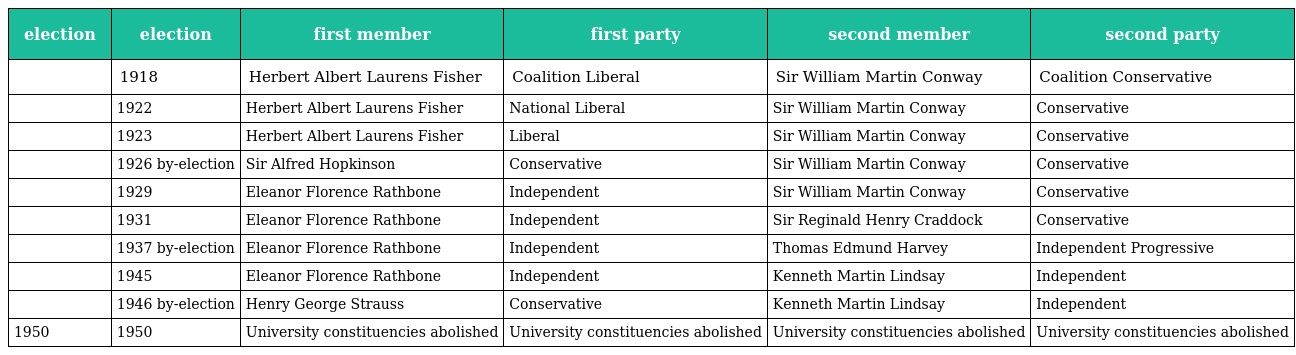
| election | election | first member | first party | second member | second party |
 | --- | --- | --- | --- | --- | --- |
 |  | 1918 | Herbert Albert Laurens Fisher | Coalition Liberal | Sir William Martin Conway | Coalition Conservative |
 |  | 1922 | Herbert Albert Laurens Fisher | National Liberal | Sir William Martin Conway | Conservative |
 |  | 1923 | Herbert Albert Laurens Fisher | Liberal | Sir William Martin Conway | Conservative |
 |  | 1926 by-election | Sir Alfred Hopkinson | Conservative | Sir William Martin Conway | Conservative |
 |  | 1929 | Eleanor Florence Rathbone | Independent | Sir William Martin Conway | Conservative |
 |  | 1931 | Eleanor Florence Rathbone | Independent | Sir Reginald Henry Craddock | Conservative |
 |  | 1937 by-election | Eleanor Florence Rathbone | Independent | Thomas Edmund Harvey | Independent Progressive |
 |  | 1945 | Eleanor Florence Rathbone | Independent | Kenneth Martin Lindsay | Independent |
 |  | 1946 by-election | Henry George Strauss | Conservative | Kenneth Martin Lindsay | Independent |
 | 1950 | 1950 | University constituencies abolished | University constituencies abolished | University constituencies abolished | University constituencies abolished |